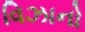
વિઝાનો